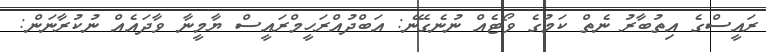
ރައީސްގެ އިތުބާރު ނެތް ކަމުގެ ވޯޓެއް ނުނެގޭނެ: އަބްދުއްރަހީމްރައީސް ޔާމީނާ ވާދައެއް ނުކުރާނަން: